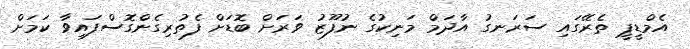
އެމްޑީޕީ ތެރޭގައި ސަރަނގު އާދަމް މަނިކުގެ ނުފޫޒު ވަރަށް ބޮޑަށް ފެތުރިގެންގޮސްފައިވާ ކަމަށް